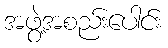
အဖွဲ့အစည်းပေါင်း